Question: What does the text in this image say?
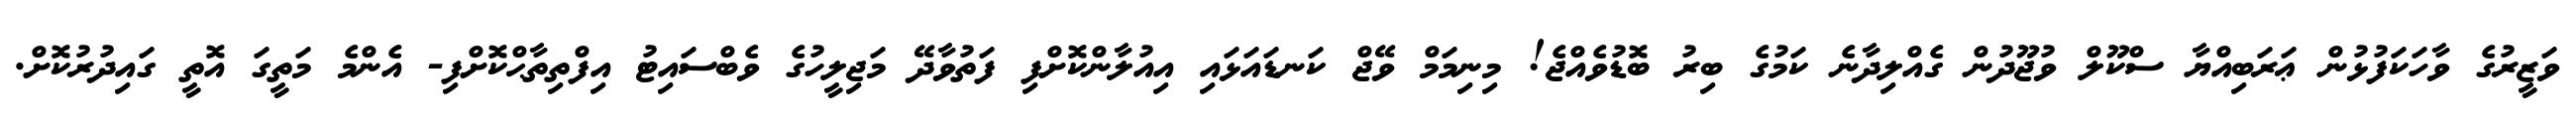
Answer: ވަޒީރުގެ ވާހަކަފުޅުން ޢަރަބިއްޔާ ސްކޫލް ވުޖޫދުން ގެއްލިދާނެ ކަމުގެ ބިރު ބޮޑުވެއްޖެ! މިނިމަމް ވޭޖް ކަނޑައަޅައި އިއުލާންކޮށްފި ފަތުވާދޭ މަޖިލީހުގެ ވެބްސައިޓު އިފްތިތާޙްކޮށްފި- އެންމެ މަތީގަ އޮތީ ގައިދުރުކޮށް.